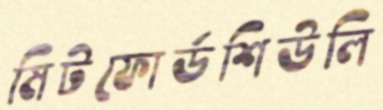
মিটফোর্ডশিউলি